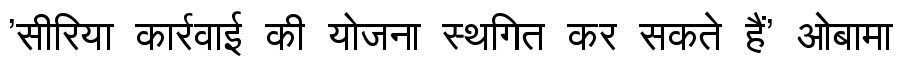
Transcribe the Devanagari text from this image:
'सीरिया कार्रवाई की योजना स्थगित कर सकते हैं' ओबामा